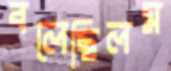
বলেছিলম